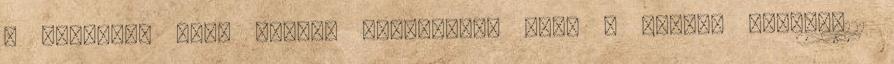
a Breaking Dawn magyar fordítását erre a címre: k.reka0121